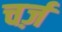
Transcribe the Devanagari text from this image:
चर्ज़